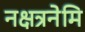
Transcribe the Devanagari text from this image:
नक्षत्रनेमि